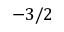
- 3 / 2